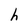
Character: h